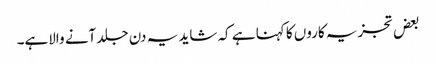
بعض تجزیہ کاروں کا کہنا ہے کہ شاید یہ دن جلد آنے والاہے۔